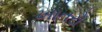
ખાતરો